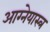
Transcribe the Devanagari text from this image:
आग्‍नेयास्‍त्र